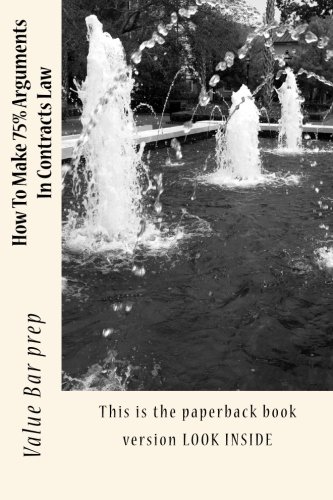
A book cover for How To Make 75% Arguments In Contracts Law: This is the paperback book version LOOK INSIDE; Value Bar prep; Test Preparation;